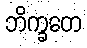
ဘိက္ခတေ